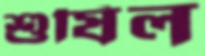
শুষিল